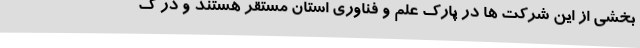
بخشی از این شرکت ها در پارک علم و فناوری استان مستقر هستند و در ک